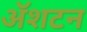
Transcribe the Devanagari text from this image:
ॲशटन